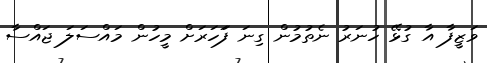
ވަޒީފާ އާ ގުޅޭ ހުނަރު ނެތުމުން ގިނަ ފަަހަރަށް މީހުން މައްސަލަ ޖައްސާ